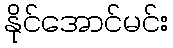
နိုင်အောင်မင်း